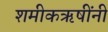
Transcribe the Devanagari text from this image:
शमीकऋषींनी